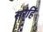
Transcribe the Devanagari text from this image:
सरेहिं